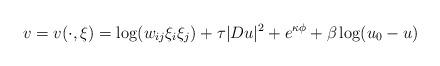
LaTeX: \begin{align*}v=v(\cdot, \xi)=\log(w_{ij}\xi_i\xi_j) +\tau |Du|^2+ e^{\kappa\phi} + \beta \log(u_0 -u)\end{align*}